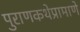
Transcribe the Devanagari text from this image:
पुराणकथेप्रामाणे